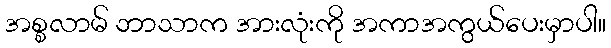
အစ္စလာမ် ဘာသာက အားလုံးကို အကာအကွယ်ပေးမှာပါ။